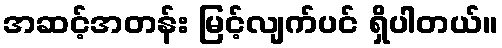
အဆင့်အတန်း မြင့်လျက်ပင် ရှိပါတယ်။